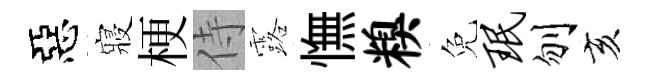
惡寢梗侍露憮糗免珉刎亥